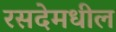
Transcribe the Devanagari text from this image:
रसदेमधील